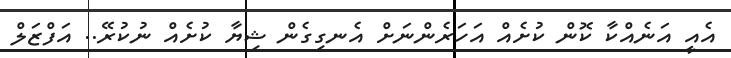
އެއީ އަނެއްކާ ކޮން ކުށެއް އަހަރެންނަށް އެނގިގެން ޝިޔާ ކުށެއް ނުކުރޭ.. އަފްޒަލް